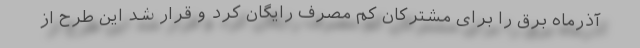
آذرماه برق را برای مشترکان کم مصرف رایگان کرد و قرار شد این طرح از